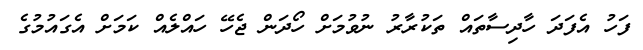
ފަހު އެފަދަ ހާދިސާތައް ތަކުރާރު ނުވުމަށް ހޯދަން ޖެހޭ ހައްލެއް ކަމަށް އެގައުމުގެ